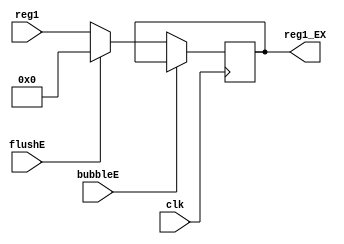
`timescale 1ns / 1ps
//  
    // ID\EX1
// 
    // clk               
    // reg1              General Register File1
    // bubbleE           EXbubble
    // flushE            EXflush
// 
    // reg1_EX           1
//   
    // 

module Op1_EX(
    input wire clk, bubbleE, flushE,
    input wire [31:0] reg1,
    output reg [31:0] reg1_EX
    );

    initial reg1_EX = 0;
    
    always@(posedge clk)
        if (!bubbleE) 
        begin
            if (flushE)
                reg1_EX <= 0;
            else 
                reg1_EX <= reg1;
        end
    
endmodule